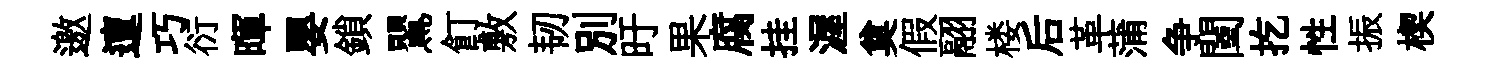
邀邅巧衍暉嬰鎖鸎飣敷韧别旴果腐挂渥奠假翮楼后革蒲争闉扢性振楔